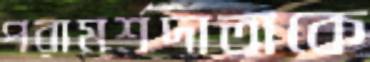
পরামর্শদাতাকে